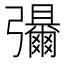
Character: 𫹃